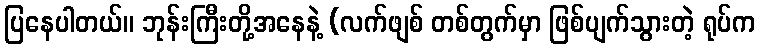
ပြနေပါတယ်။ ဘုန်းကြီးတို့အနေနဲ့ (လက်ဖျစ် တစ်တွက်မှာ ဖြစ်ပျက်သွားတဲ့ ရုပ်က